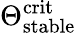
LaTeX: \Theta_{\mathrm{stable}}^{\mathrm{crit}}